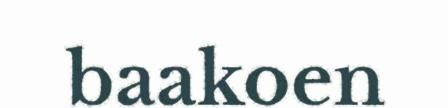
baakoen